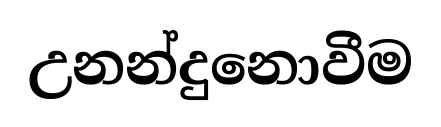
උනන්දුනොවීම